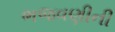
ભજવણીની